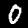
Label: 0